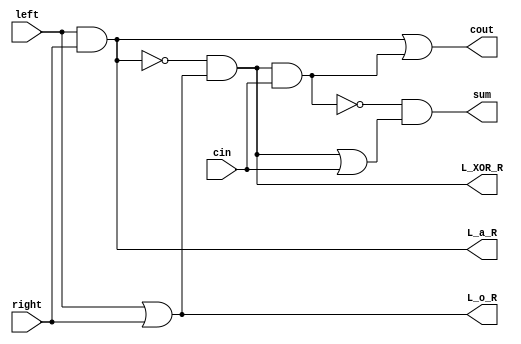
module full_adder(sum, L_a_R, L_o_R, L_XOR_R, cout, left, right, cin);
	input left, right, cin;
	output 	sum, cout,
				L_a_R		, 	// called X in other wires
				L_o_R		,	// called Y in other wires
				L_XOR_R	;
	wire		X_n	, 	// called Xn in other wires
				LXR_a_C,	// called LTC in other wires
				LXR_o_C,	
				LTC_n	;
			
	and	left_and_right	(L_a_R, left, right);
	or		left_or_right	(L_o_R, left, right);
	not	landr				(X_n, L_a_R);
	and	xnay				(L_XOR_R, X_n, L_o_R);
	and	l_a_cin			(LXR_a_C, L_XOR_R, cin);
	not	noting			(LTC_n, LXR_a_C);
	or		l_o_cin			(LXR_o_C, L_XOR_R, cin);
	or		couter			(cout, L_a_R, LXR_a_C);
	and	summer			(sum, LTC_n, LXR_o_C);
	
endmodule